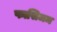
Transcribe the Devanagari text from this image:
फासिजम